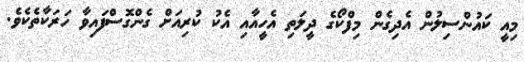
މިއީ ކައުންސިލުން އެދިގެން މިފްކޯގެ ދީލަތި އެހީއާއި އެކު ކުރިއަށް ގެންގޮސްފައިވާ ހަރަކާތެކެވެ.